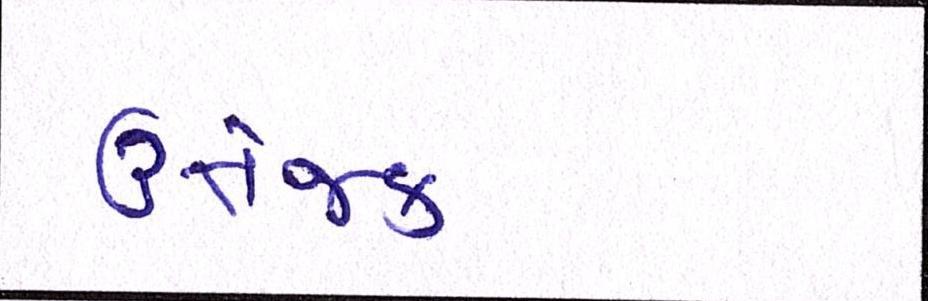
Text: ઉત્તેજક